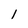
Character: l